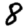
Digit: 8